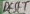
Text: RESET